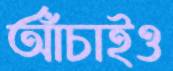
আঁচাইও